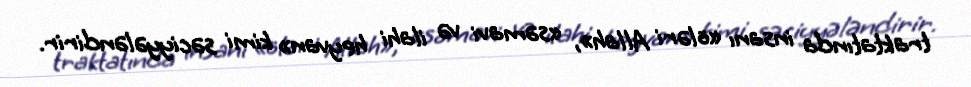
traktatında insanı «öləri Allah», «səmavi və ilahi heyvan» kimi səciyyələndirir.